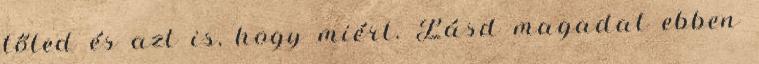
tőled és azt is, hogy miért. Lásd magadat ebben